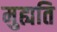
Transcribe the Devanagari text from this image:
मुह्यति